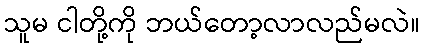
သူမ ငါတို့ကို ဘယ်တော့လာလည်မလဲ။